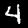
Digit: 4